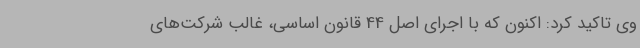
وی تاکید کرد: اکنون که با اجرای اصل 44 قانون اساسی، غالب شرکت‌های